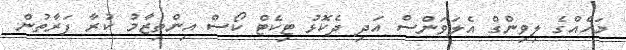
މަހެއްގެ ލިވިންގް އެލަވަންސް އަދި ދެކޮޅު ޓިކެޓް ކޯސް އިންތިޒާމު ކުރާ ފަރާތުން